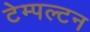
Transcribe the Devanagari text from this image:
टेम्पल्टन